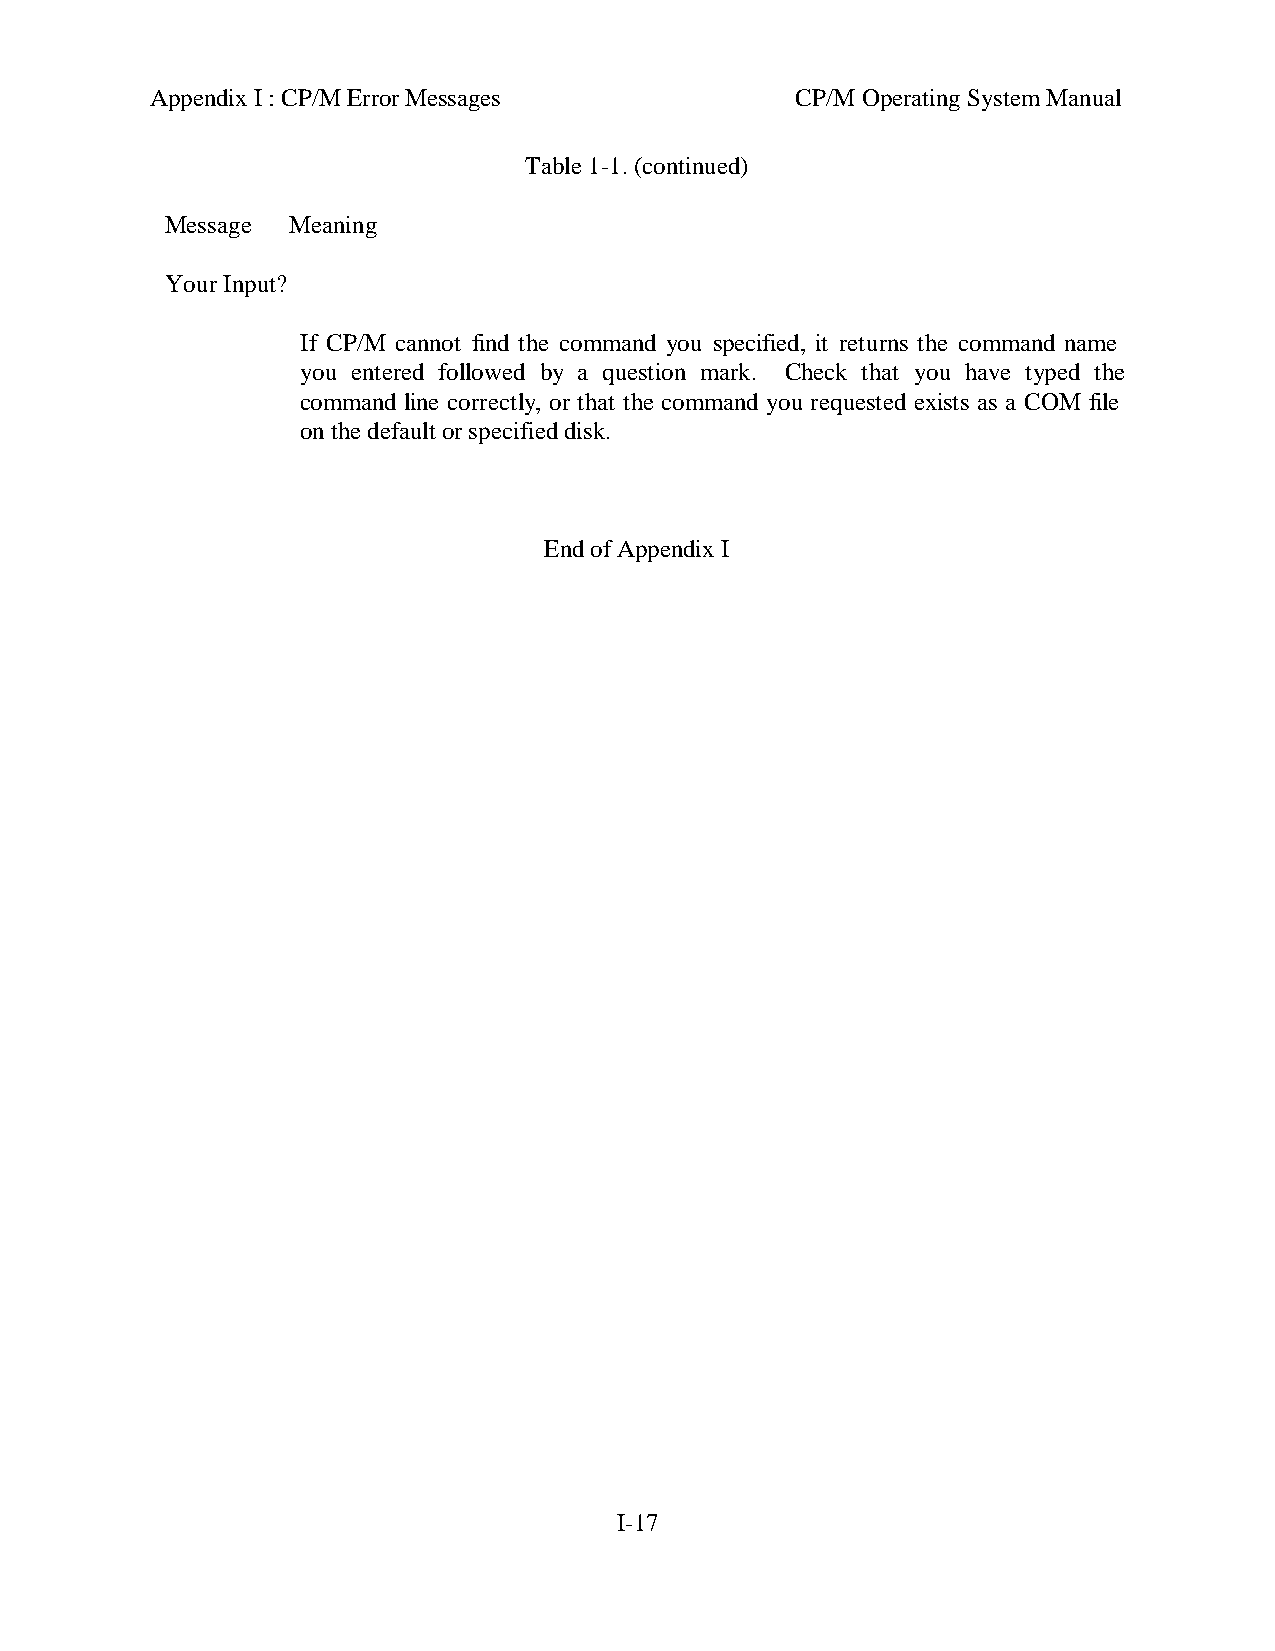
Appendix I : CP/M Error Messages           CP/M Operating System Manual
 Table 1-1. (continued)
 Message Meaning
 Your Input?
 If CP/M cannot find the command you specified, it returns the command name
 you entered followed by a question mark. Check that you have typed the
 command line correctly, or that the command you requested exists as a COM file
 on the default or specified disk.
 End of Appendix I
 I-17